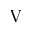
\mathrm { V }